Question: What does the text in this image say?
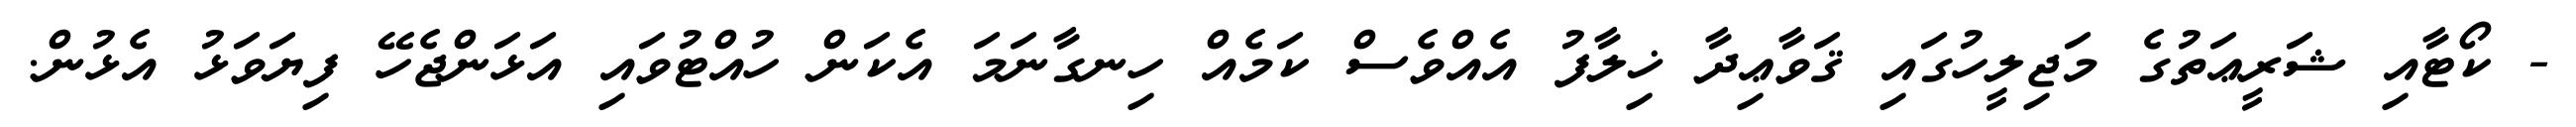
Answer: - ކޯޓާއި ޝަރީޢަތުގެ މަޖިލީހުގައި ޤަވާޢިދާ ޚިލާފު އެއްވެސް ކަމެއް ހިނގާނަމަ އެކަން ހުއްޓުވައި އަޅަންޖެހޭ ފިޔަވަޅު އެޅުން.